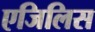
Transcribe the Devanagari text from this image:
एजिलिस